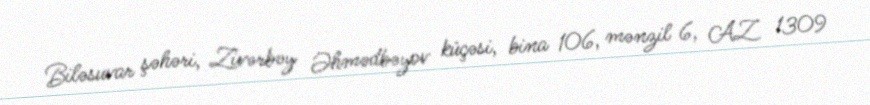
Biləsuvar şəhəri, Zivərbəy Əhmədbəyov küçəsi, bina 106, mənzil 6, AZ 1309